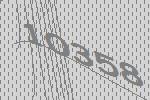
10358